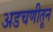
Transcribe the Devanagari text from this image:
अडचणीतून